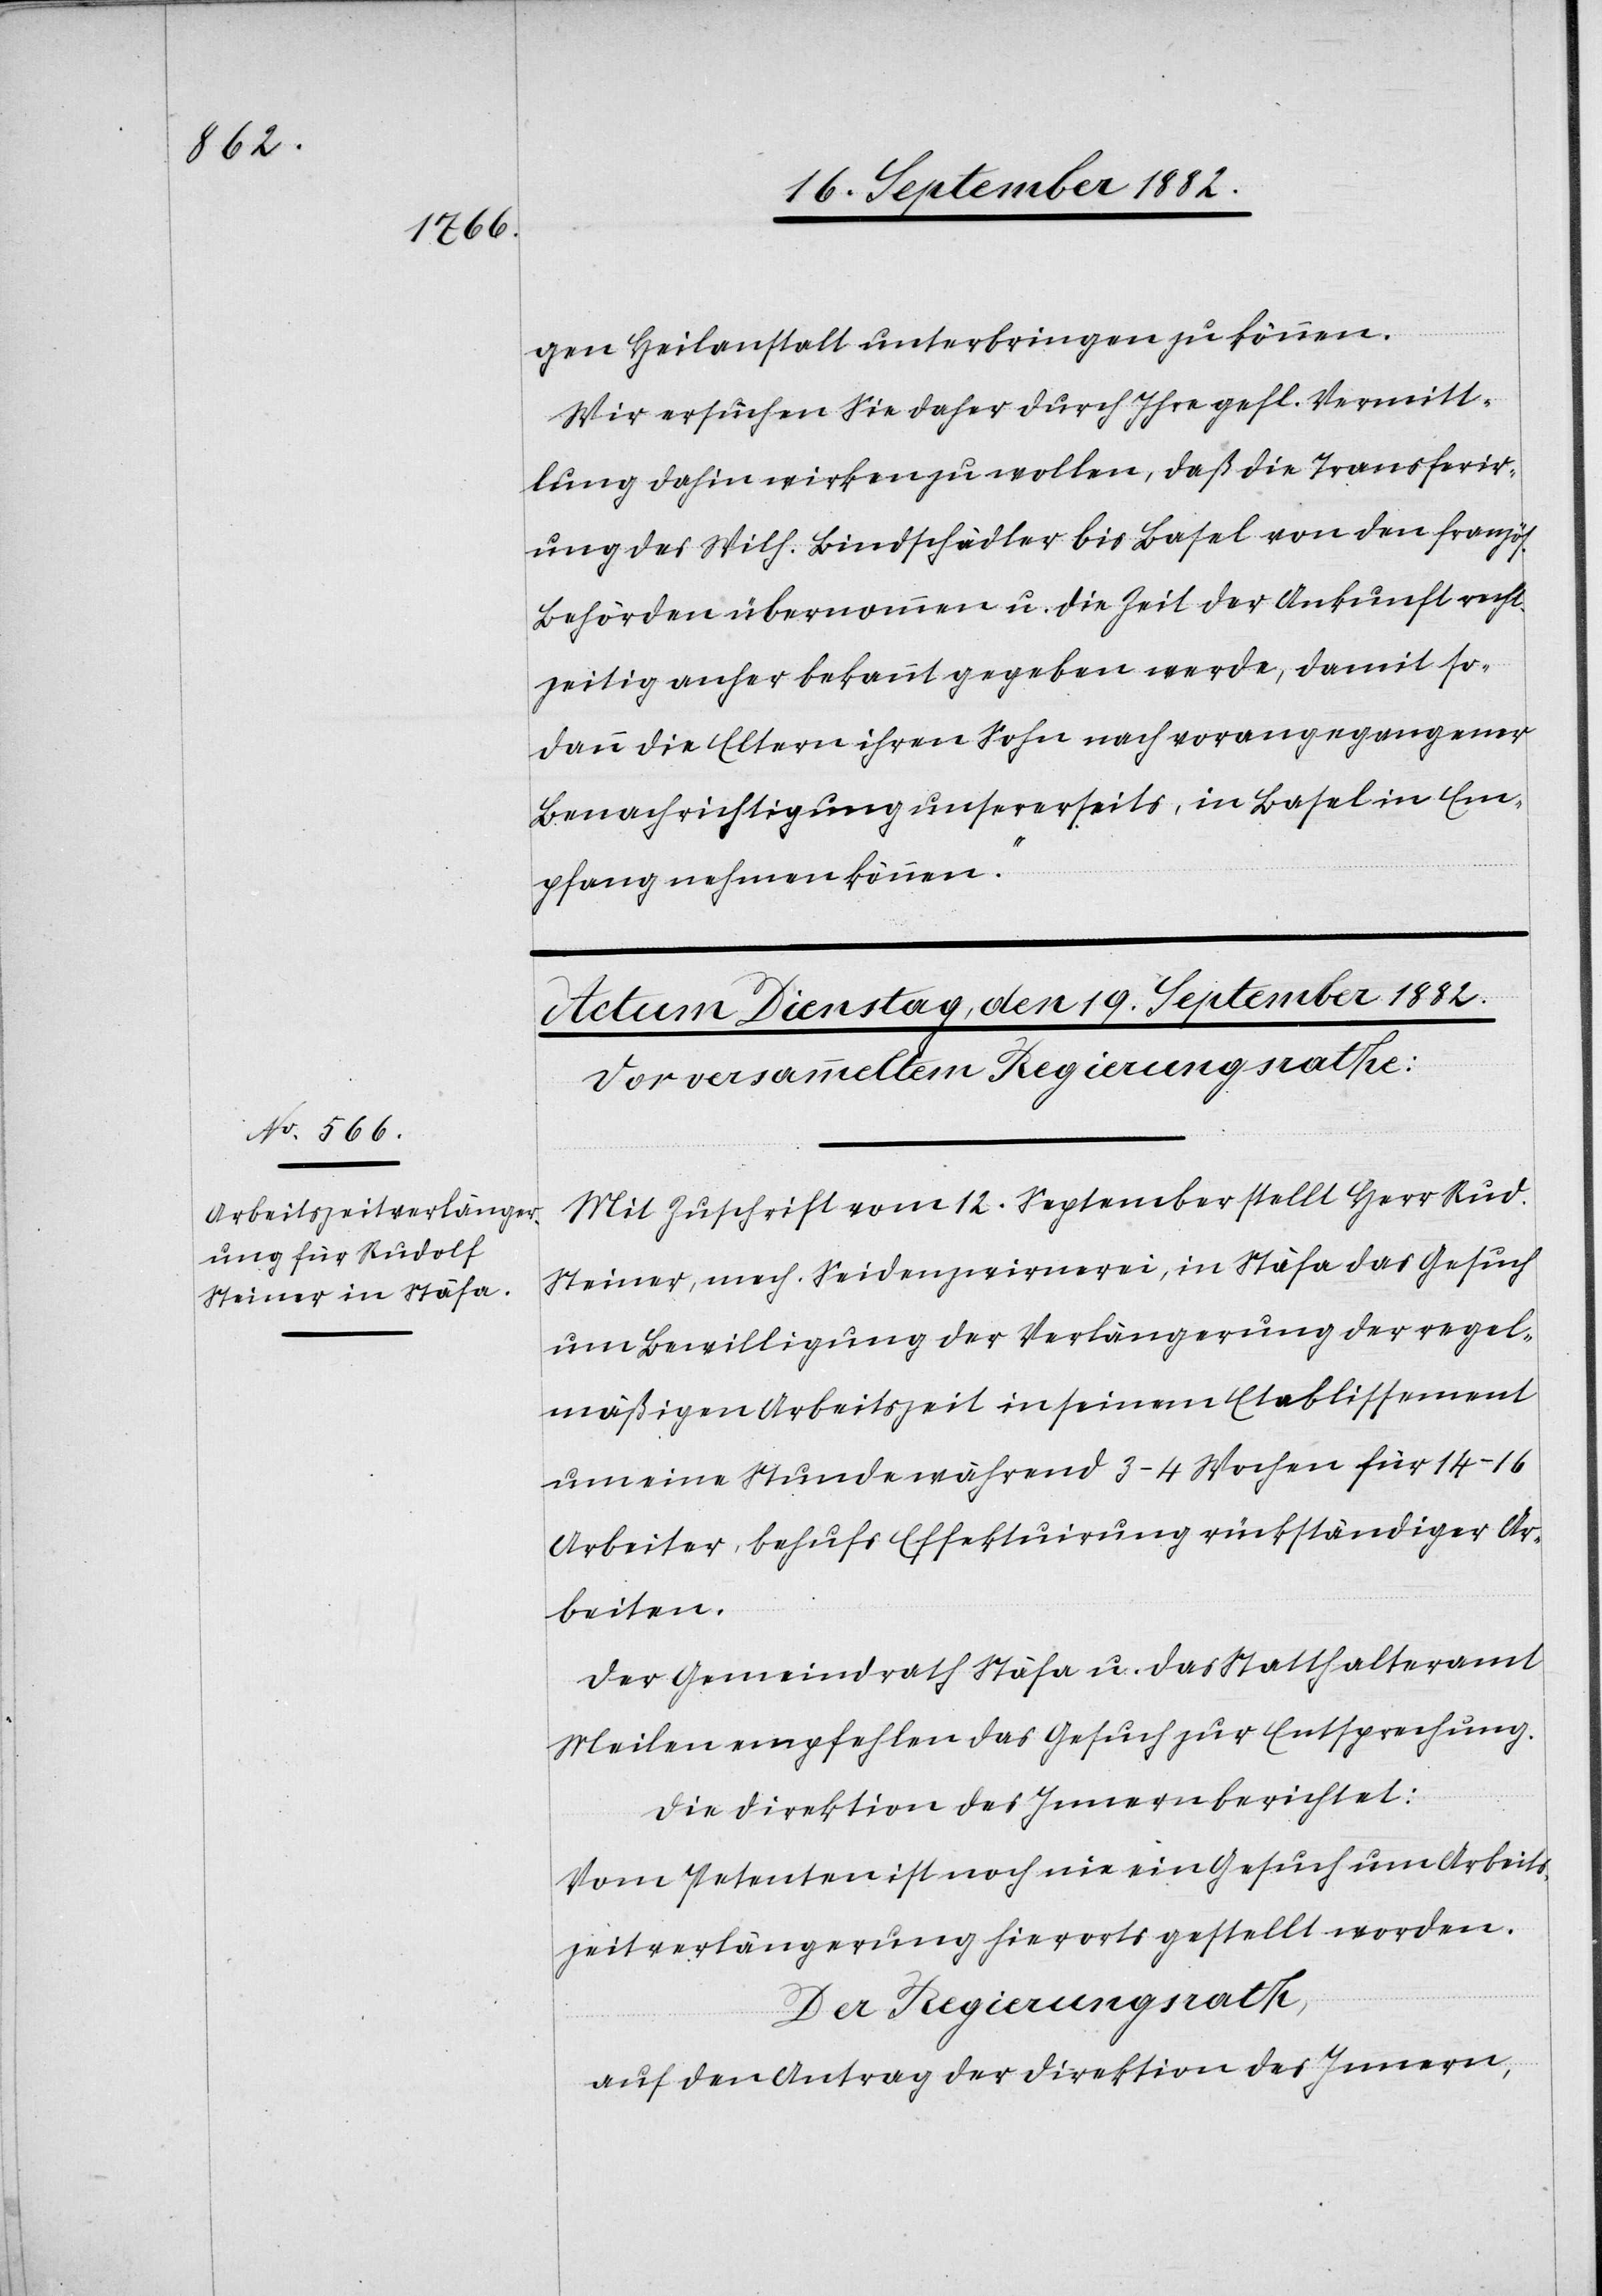
gen Heilanstalt unterbringen zu können.
Wir ersuchen Sie daher durch Ihre gefl. Vermitt¬
lung dahin wirken zu wollen, daß die Transferir¬
ung des Wilh. Bindschädler bis Basel von den französ.
Behörden übernommen u. die Zeit der Ankunft recht¬
zeitig anher bekannt gegeben werde, damit so¬
dann die Eltern ihren Sohn nach vorangegangener
Benachrichtigung unsererseits, in Basel in Em¬
pfang nehmen können.“
Mit Zuschrift vom 12. September stellt Herr Rudolf
Steiner, mech. Seidenzwirnerei, in Stäfa das Gesuch
um Bewilligung der Verlängerung der regel¬
mäßigen Arbeitszeit in seinem Etablissement
um eine Stunde während 3–4 Wochen für 14–16
Arbeiter, behufs Effektuirung rückständiger Ar¬
beiten.
Der Gemeindrath Stäfa u. das Statthalteramt
Meilen empfehlen das Gesuch zur Entsprechung.
Die Direktion des Innern berichtet:
Vom Petenten ist noch nie ein Gesuch um Arbeits¬
zeitverlängerung hierorts gestellt worden.
Der Regierungsrath,
auf den Antrag der Direktion des Innern,